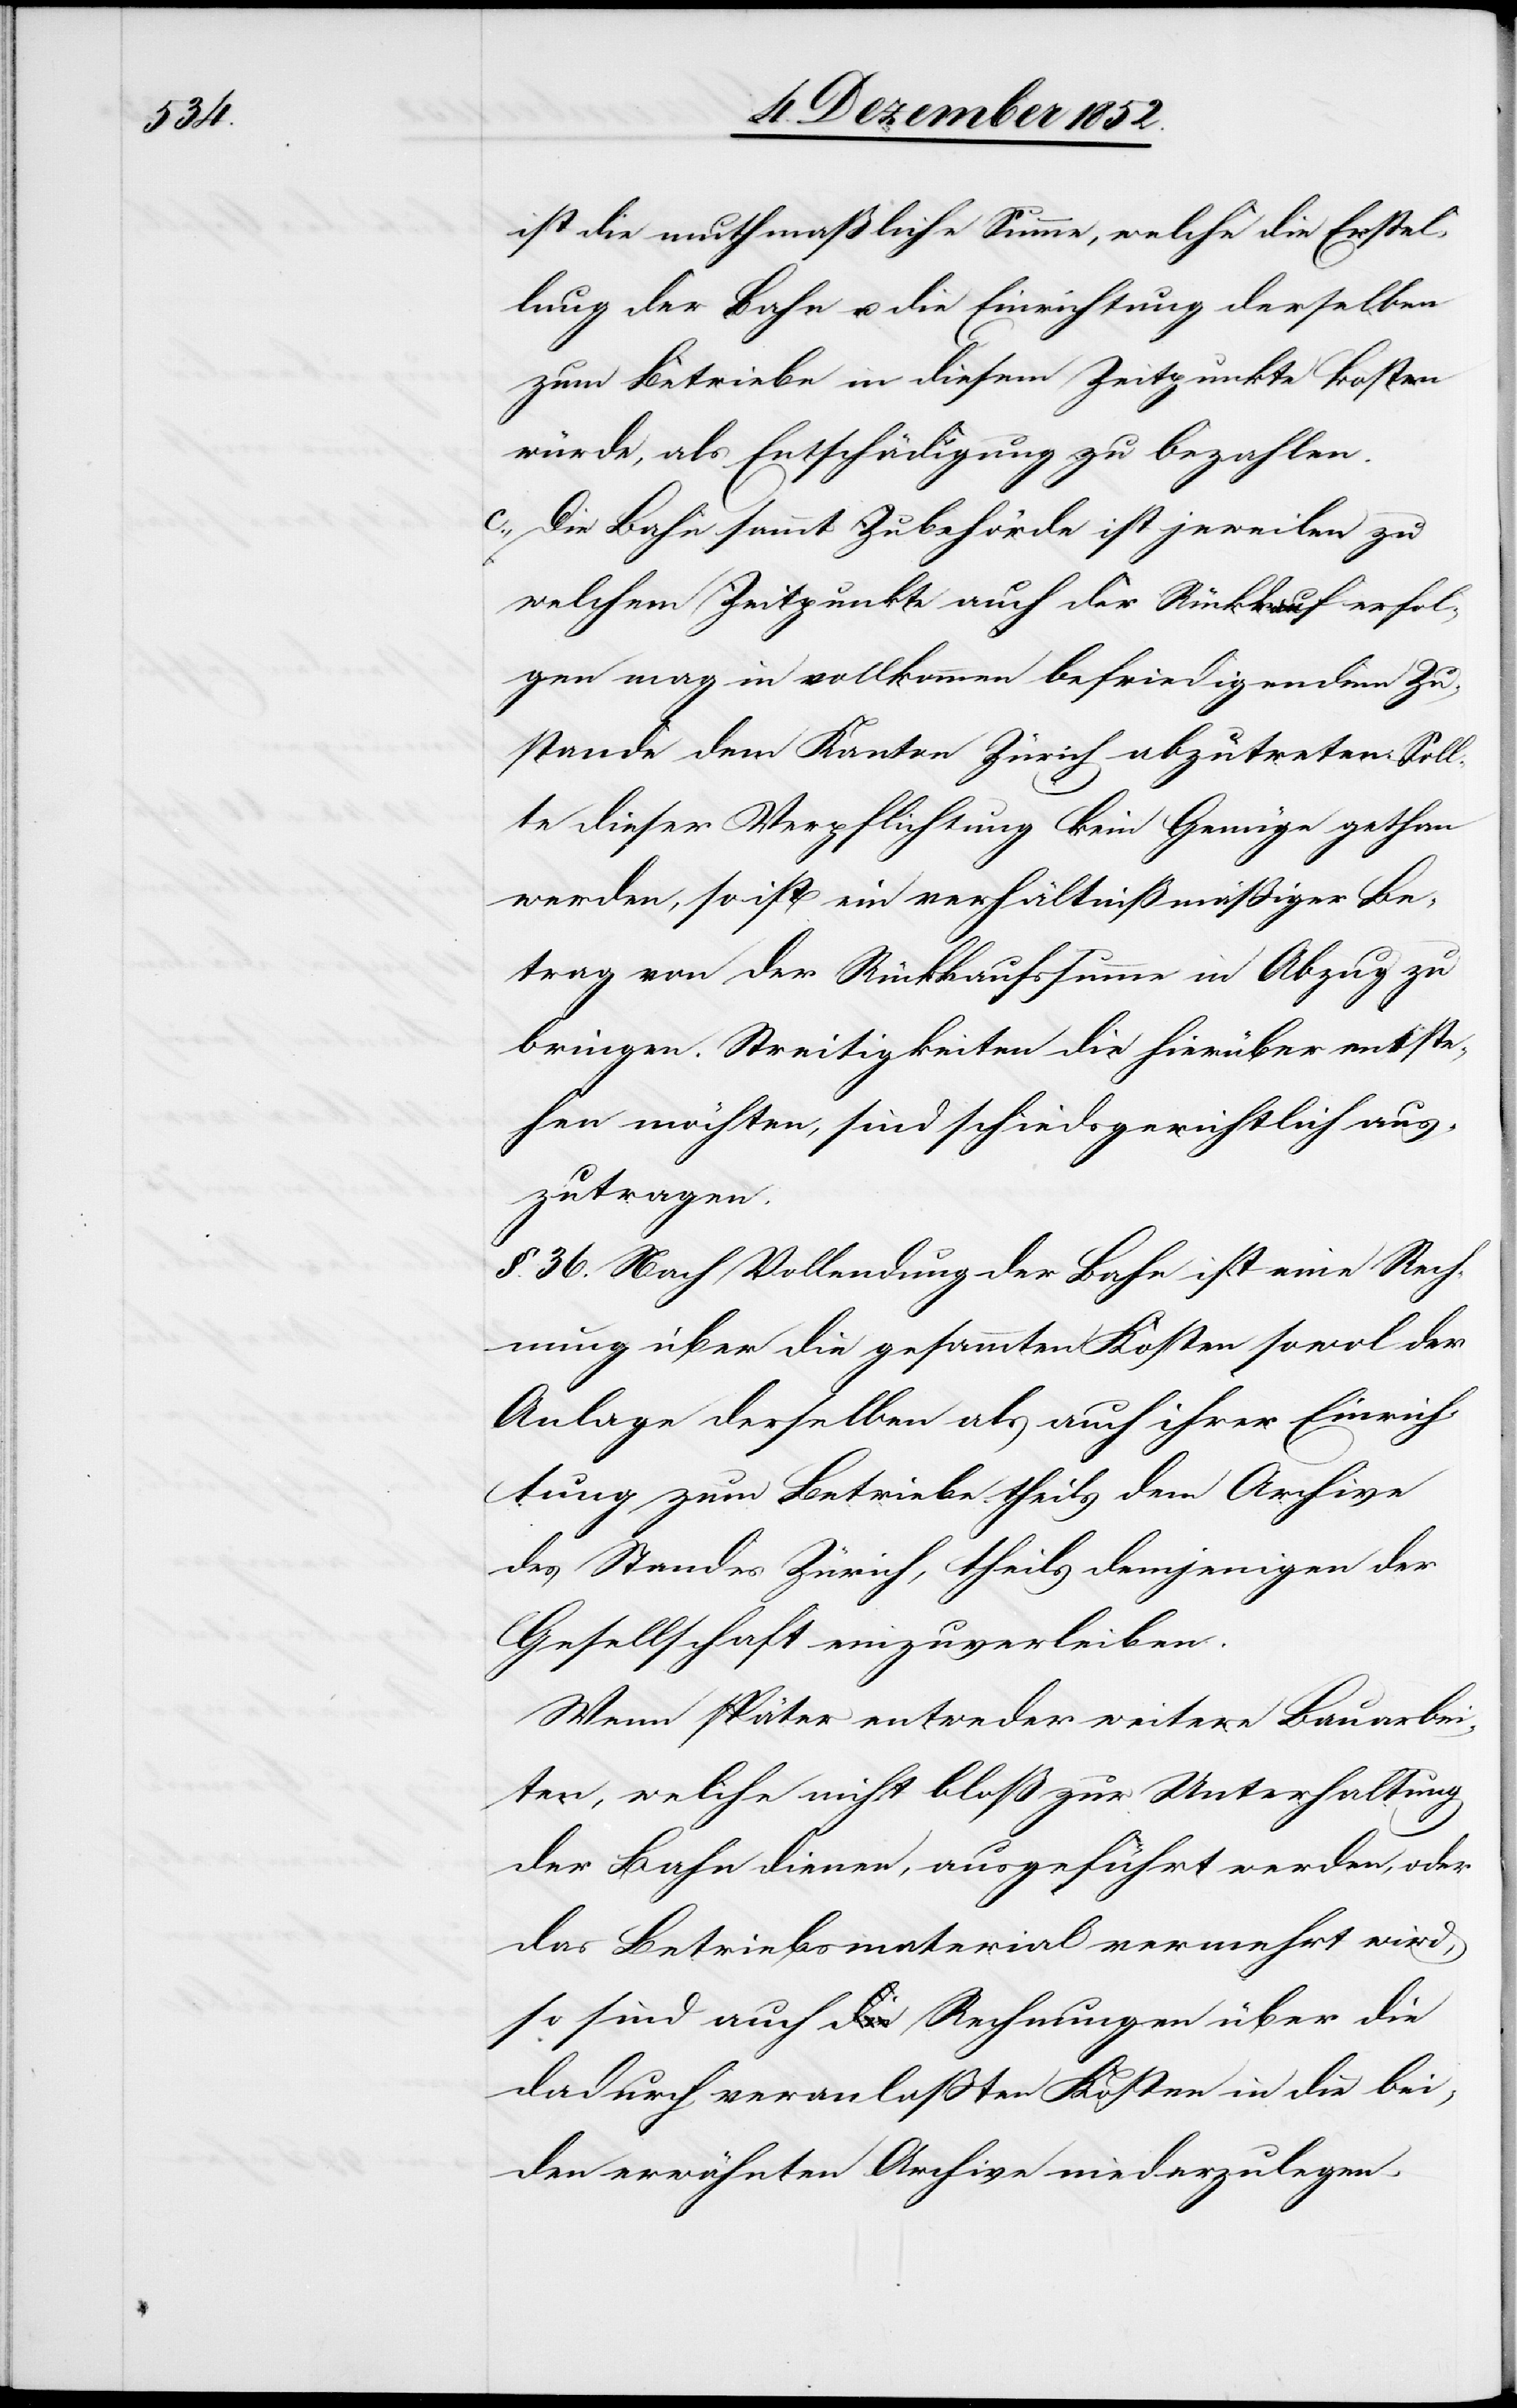
ist die muthmaßliche Summe, welche die Erstel¬
lung der Bahn u. die Einrichtung derselben
zum Betriebe in diesem Zeitpunkte kosten
würde, als Entschädigung zu bezahlen.
c., Die Bahn sammt Zubehörde ist jeweilen zu
welchem Zeitpunkte auch der Rückkauf erfol¬
gen mag in vollkommen befriedigendem Zu¬
stande dem Kanton Zürich abzutreten. Soll¬
te dieser Verpflichtung kein Genüge gethan
werden, so ist ein verhältnißmäßiger Be¬
trag von der Rückkaufssumme in Abzug zu
bringen. Streitigkeiten die hierüber entste¬
hen möchten, sind schiedsgerichtlich aus¬
zutragen.
§. 36. Nach Vollendung der Bahn ist eine Rech¬
nung über die gesammten Kosten sowol der
Anlage derselben als auch ihrer Einrich¬
tung zum Betriebe theils dem Archive
des Standes Zürich, theils demjenigen der
Gesellschaft einzuverleiben.
Wenn später entweder weitere Bauarbei¬
ten, welche nicht bloß zur Unterhaltung
der Bahn dienen, ausgeführt werden, oder
das Betriebsmaterial vermehrt wird,
so sind auch a-die-a Rechnungen über die
dadurch veranlaßten Kosten in die bei¬
den erwähnten Archive niederzulegen.